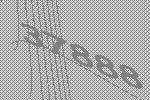
37888